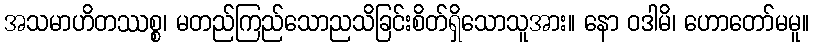
အသမာဟိတဿစ္စ၊ မတည်ကြည်သောညသိခြင်းစိတ်ရှိသောသူအား။ နော ဝဒါမိ၊ ဟောတော်မမူ။